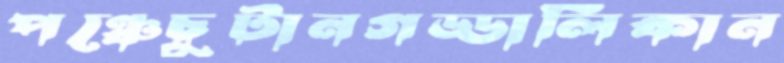
পঞ্চেচুটানগড্ডালিকান